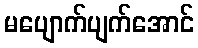
မပျောက်ပျက်အောင်